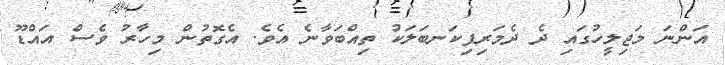
އަންނަ މަޖިލީހުގައި ދެ ދެމަރިފިކަނބަލަކު ތިއްބަވާނެ އެވެ. އެގޮތުން މިހާރު ވެސް އައްޑޫ